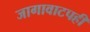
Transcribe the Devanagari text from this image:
जागावाटपही